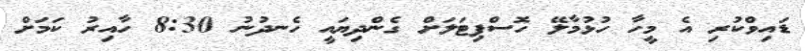
ޑައިވްކުރި އެ މީހާ ހުޅުމާލޭ ހޮސްޕިޓަލަށް ގެންދިޔައީ ހެނދުނު 8:30 ހާއިރު ކަމަށް